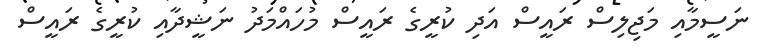
ނަސީމާއި މަޖިލިސް ރައީސް އަދި ކުރީގެ ރައީސް މުހައްމަދު ނަޝީދާއި ކުރީގެ ރައީސް